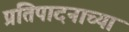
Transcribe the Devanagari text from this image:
प्रतिपादनाच्या